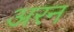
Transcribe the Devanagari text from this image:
अरन